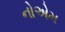
નોએમ